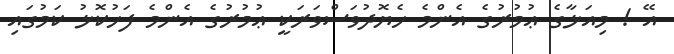
އޭ ! މިއަޅާގެ ޢުމުރުގެ އެންމެ ހެޔޮދުވަސްވަރަކީ ޢުމުރުގެ އެންމެ ފަހުކޮޅު ކަމުގައި